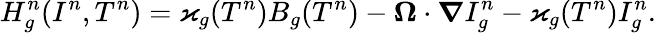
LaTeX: H_{g}^{n}(I^{n},T^{n})=\varkappa_{g}(T^{n})B_{g}(T^{n})-\boldsymbol{\Omega}\cdot\boldsymbol{\nabla}I_{g}^{n}-\varkappa_{g}(T^{n})I_{g}^{n}.